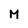
Character: M